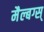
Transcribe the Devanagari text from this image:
मैल्बग्स्